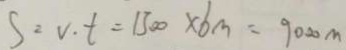
S = v \cdot t = 1 3 0 0 \times 6 m = 9 0 0 0 m